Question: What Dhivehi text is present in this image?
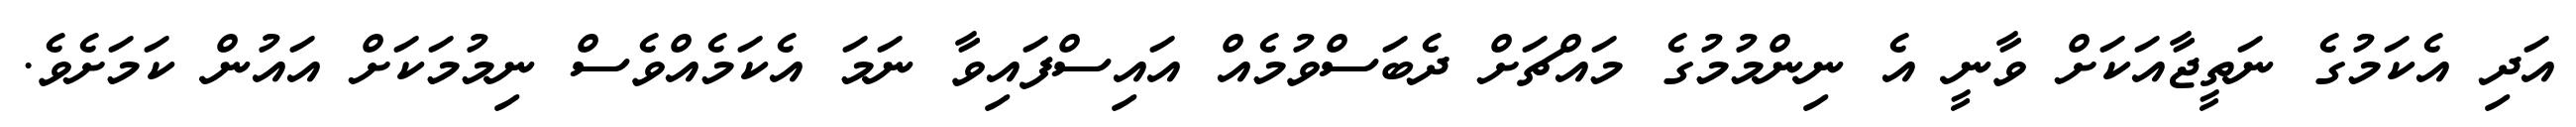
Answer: އަދި އެކަމުގެ ނަތީޖާއަކަށް ވާނީ އެ ނިންމުމުގެ މައްޗަށް ދެބަސްވުމެއް އައިސްފައިވާ ނަމަ އެކަމެއްވެސް ނިމުމަކަށް އައުން ކަމަށެވެ.